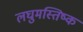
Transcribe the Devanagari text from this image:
लघुमस्तिष्क